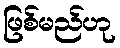
ဖြစ်မည်ဟု